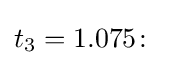
t_{3}=1.075\colon